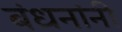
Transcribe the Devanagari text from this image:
बंधनांनी